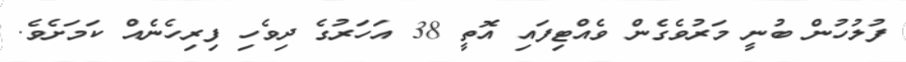
ފުލުހުން ބުނީ މަރުވެގެން ވެއްޓިފައި އޮތީ 38 އަހަރުގެ ދިވެހި ފިރިހެނެއް ކަމަށެވެ.